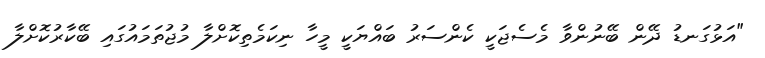
"އަޅުގަނޑު ދޭން ބޭނުންވާ މެސެޖަކީ ކެންސަރު ބައްޔަކީ މީހާ ނިކަމެތިކޮށްލާ މުޖުތަމައުގައި ބޭކާރުކޮށްލާ